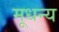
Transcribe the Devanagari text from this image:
मूधन्य